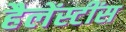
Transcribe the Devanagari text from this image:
हैलेंस्टींस